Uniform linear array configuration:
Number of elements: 32
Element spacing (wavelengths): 0.5
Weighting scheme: uniform
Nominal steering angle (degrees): -30
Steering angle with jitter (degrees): -31.982
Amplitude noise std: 0.05
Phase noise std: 0.05

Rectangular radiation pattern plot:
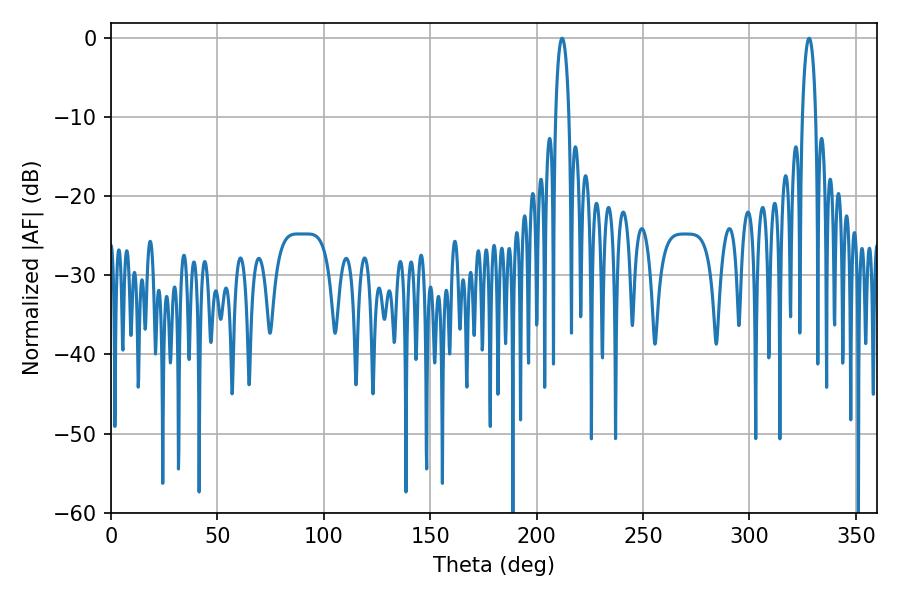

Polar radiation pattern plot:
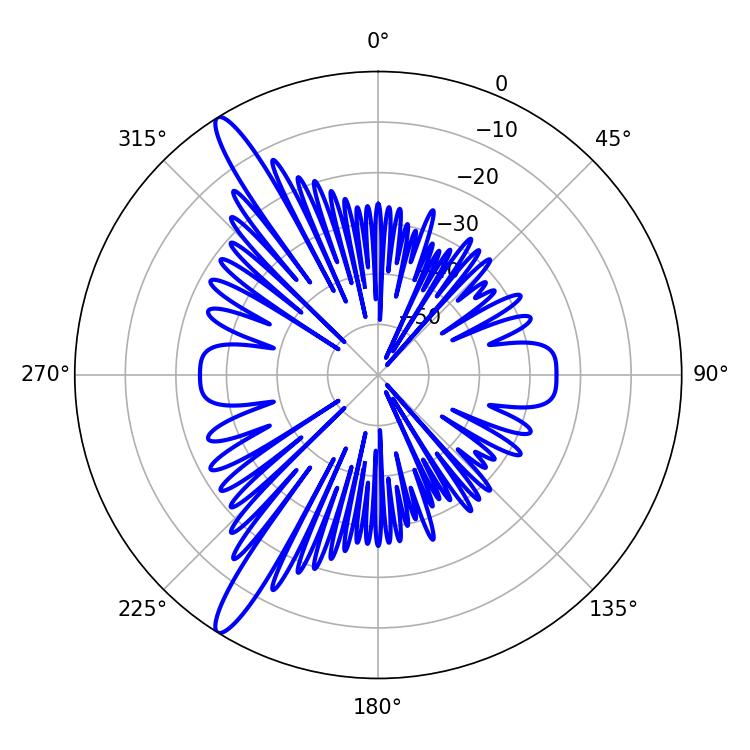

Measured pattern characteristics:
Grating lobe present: FALSE
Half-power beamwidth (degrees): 3.6
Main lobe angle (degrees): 212.04